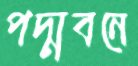
পদ্মবনে